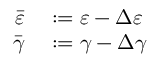
\begin{array} { r l } { \bar { \varepsilon } } & { { } : = \varepsilon - \Delta \varepsilon } \\ { \bar { \gamma } } & { { } : = \gamma - \Delta \gamma } \end{array}